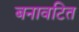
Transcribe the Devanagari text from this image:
बनावटित